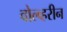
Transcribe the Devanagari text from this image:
वोल्व्हरीन